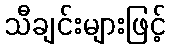
သီချင်းများဖြင့်